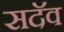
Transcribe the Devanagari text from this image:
सदॅव